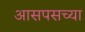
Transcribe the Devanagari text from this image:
आसपसच्या